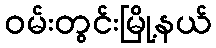
ဝမ်းတွင်းမြို့နယ်